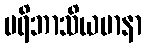
ပရိဘာသိယမာနာ